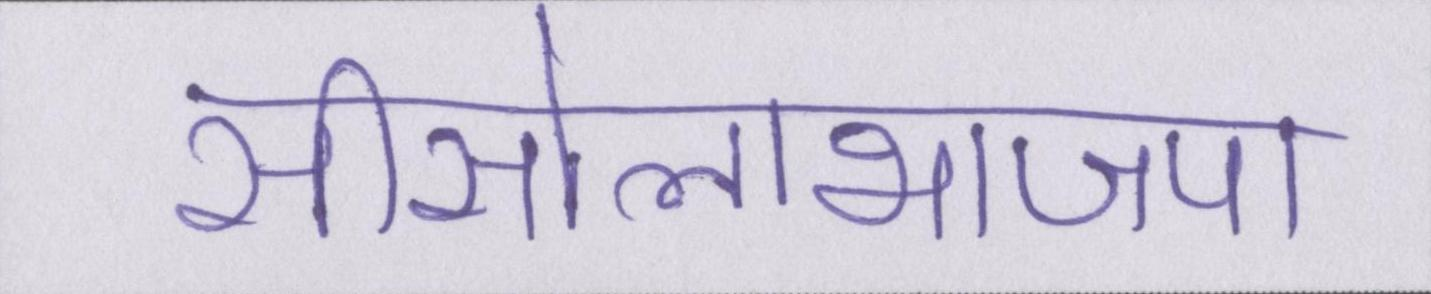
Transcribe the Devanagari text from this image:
सीसोलाभाजपा